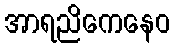
အာရညိကေနေဝ